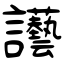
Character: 讛